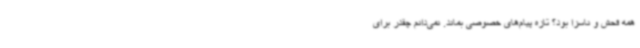
همه فحش و ناسزا بود؟ تازه پیام‌های خصوصی بماند. نمی‌دانم چقدر برای